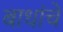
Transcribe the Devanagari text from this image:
बाधांचे